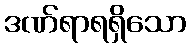
ဒဏ်ရာရရှိသော